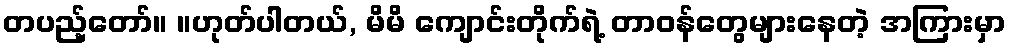
တပည့်တော်။ ။ဟုတ်ပါတယ်, မိမိ ကျောင်းတိုက်ရဲ့ တာဝန်တွေများနေတဲ့ အကြားမှာ